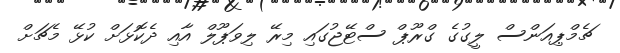
ޗެމްޕިއަންސް ލީގުގެ ގްރޫޕް ސްޓޭޖުގައި މިރޭ ލިވަޕޫލް އާއި ދެކޮޅަށް ކުޅޭ މެޗަށް